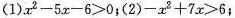
（1）$$x ^ { 2 } - 5 x - 6 > 0$$;（2）$$- x ^ { 2 } + 7 x > 6$$;